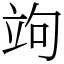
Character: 竘